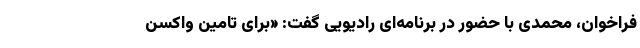
فراخوان، محمدی با حضور در برنامه‌ای رادیویی گفت: «برای تامین واکسن